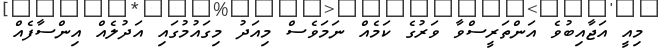
މިއީ އަޖާއިބުވެ އަންތަރީސްވާ ވަރުގެ ކަމެއް ނަމަވެސް މިއަދު މިގައުމުގައި އަދުލެއް އިންސާފެއް